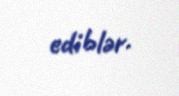
ediblər.